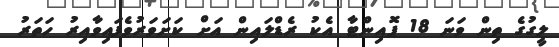
ލީގުގެ ތިން ވަނަ 18 ޕޮއިންޓާ އެކު ރެޑްލައިން އަށް ކަށަވަރުވެފައިވާއިރު ހަތަރު